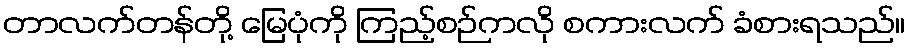
တာလက်တန်တို့ မြေပုံကို ကြည့်စဉ်ကလို စကားလက် ခံစားရသည်။